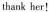
thank her!